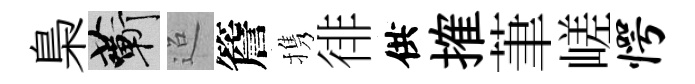
梟蔪迢簷携徘供搉茟嵯愕